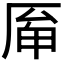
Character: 𠩯